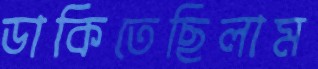
ডাকিতেছিলাম